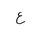
Letter: _ayn